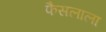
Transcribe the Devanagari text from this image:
फैसलाला